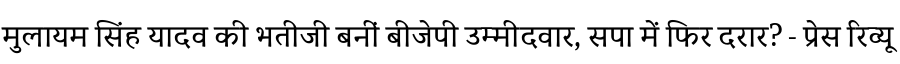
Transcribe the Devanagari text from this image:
मुलायम सिंह यादव की भतीजी बनीं बीजेपी उम्मीदवार, सपा में फिर दरार? - प्रेस रिव्यू